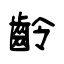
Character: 齡